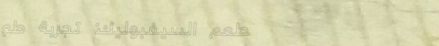
مطعم السيفبوليك: تجربة طع